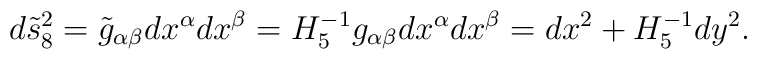
d\tilde s_8^2 = \tilde g_{\alpha \beta} dx^\alpha dx^\beta = H_5^{-1}g_{\alpha \beta} dx^\alpha dx^\beta = dx^2 + H_5^{-1} dy^2.